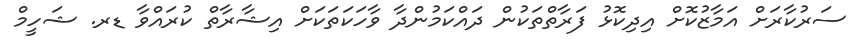
ސަރުކާރަށް އަމާޒުކޮށް އިދިކޮޅު ފަރާތްތަކުން ދައްކަމުންދާ ވާހަކަތަކަށް އިޝާރާތް ކުރައްވާ ޑރ. ޝަހީމް